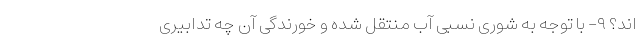
اند؟ ۹- با توجه به شوری نسبی آب منتقل شده و خورندگی آن چه تدابیری